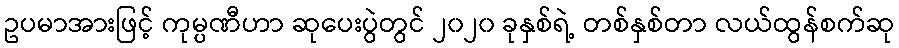
ဥပမာအားဖြင့် ကုမ္ပဏီဟာ ဆုပေးပွဲတွင် ၂၀၂၀ ခုနှစ်ရဲ့ တစ်နှစ်တာ လယ်ထွန်စက်ဆု